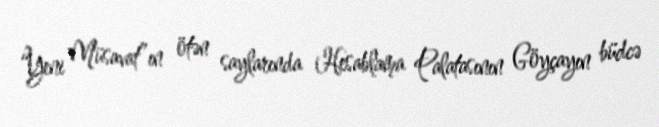
“Yeni Müsavat”ın ötən saylarında Hesablama Palatasının Göyçayın büdcə